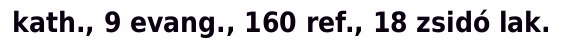
kath., 9 evang., 160 ref., 18 zsidó lak.